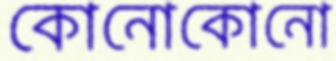
কোনোকোনো